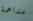
مداهمة